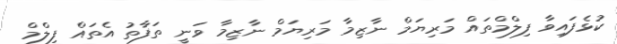
ކުޅެފައިވާ ފިލްމްތައް މަރިޔަމް ނާޒިމާ މަރިޔަމް ނާޒިމާ ވަނީ ތަފާތު އެތައް ފިލްމް